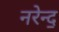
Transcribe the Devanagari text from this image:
नरेन्द॒